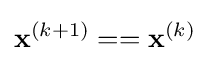
\mathbf {x} ^{(k+1)}==\mathbf {x} ^{(k)}